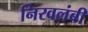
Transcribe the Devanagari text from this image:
निरवलंबी